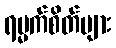
ရမ္မက်စိတ်များ